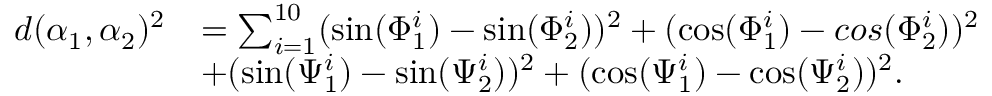
\begin{array} { r l } { d ( \alpha _ { 1 } , \alpha _ { 2 } ) ^ { 2 } } & { = \sum _ { i = 1 } ^ { 1 0 } ( \sin ( \Phi _ { 1 } ^ { i } ) - \sin ( \Phi _ { 2 } ^ { i } ) ) ^ { 2 } + ( \cos ( \Phi _ { 1 } ^ { i } ) - c o s ( \Phi _ { 2 } ^ { i } ) ) ^ { 2 } } \\ & { + ( \sin ( \Psi _ { 1 } ^ { i } ) - \sin ( \Psi _ { 2 } ^ { i } ) ) ^ { 2 } + ( \cos ( \Psi _ { 1 } ^ { i } ) - \cos ( \Psi _ { 2 } ^ { i } ) ) ^ { 2 } . } \end{array}